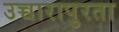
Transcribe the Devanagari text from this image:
उच्चारापुरता